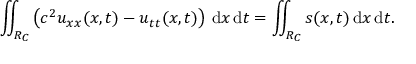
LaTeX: \iint _ { R _ { C } } \left( c ^ { 2 } u _ { x x } ( x , t ) - u _ { t t } ( x , t ) \right) \, \mathrm { d } x \, \mathrm { d } t = \iint _ { R _ { C } } s ( x , t ) \, \mathrm { d } x \, \mathrm { d } t .